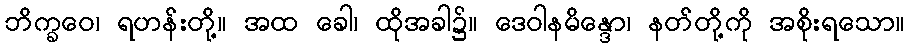
ဘိက္ခဝေ၊ ရဟန်းတို့။ အထ ခေါ၊ ထိုအခါ၌။ ဒေဝါနမိန္ဒော၊ နတ်တို့ကို အစိုးရသော။